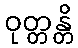
ဝုတ္တန္တိ